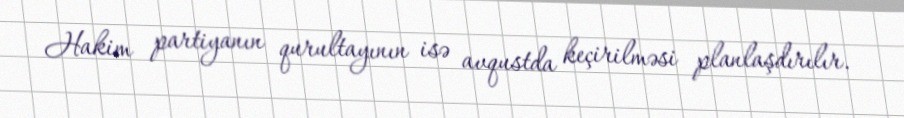
Hakim partiyanın qurultayının isə avqustda keçirilməsi planlaşdırılır.